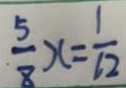
\frac { 5 } { 8 } x = \frac { 1 } { 1 2 }